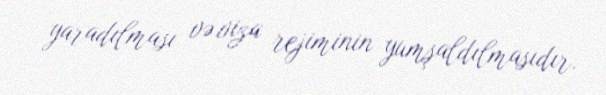
yaradılması və viza rejiminin yumşaldılmasıdır.